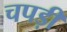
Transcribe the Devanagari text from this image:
चपड़ी